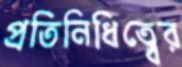
প্রতিনিধিত্বের